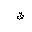
Letter: _qaf